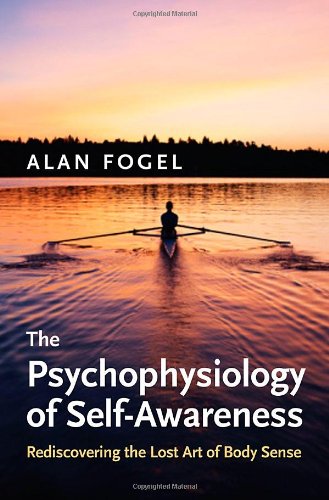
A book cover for The Psychophysiology of Self-Awareness: Rediscovering the Lost Art of Body Sense (Norton Series on Interpersonal Neurobiology); Alan Fogel; Medical Books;